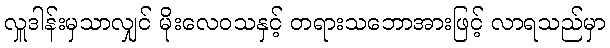
လှူဒါန်းမှသာလျှင် မိုးလေဝသနှင့် တရားသဘောအားဖြင့် လာရသည်မှာ